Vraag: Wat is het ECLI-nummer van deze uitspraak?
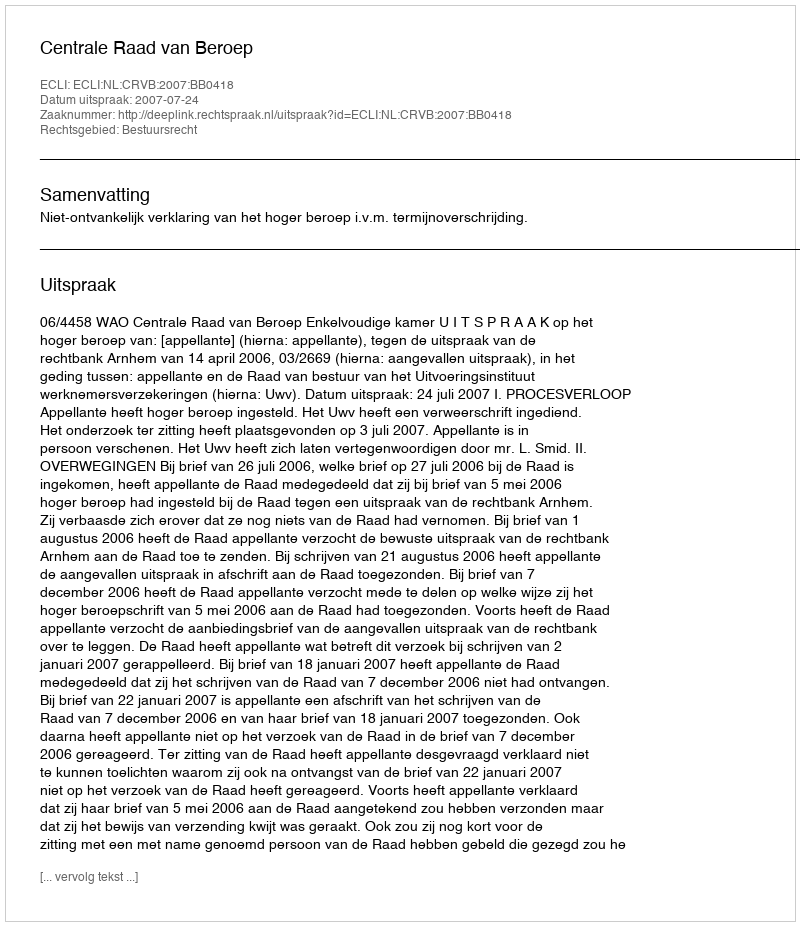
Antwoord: ECLI:NL:CRVB:2007:BB0418